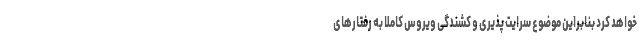
خواهد کرد بنابراین موضوع سرایت پذیری و کشندگی ویروس کاملا به رفتارهای